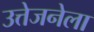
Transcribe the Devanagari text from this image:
उत्तेजनेला